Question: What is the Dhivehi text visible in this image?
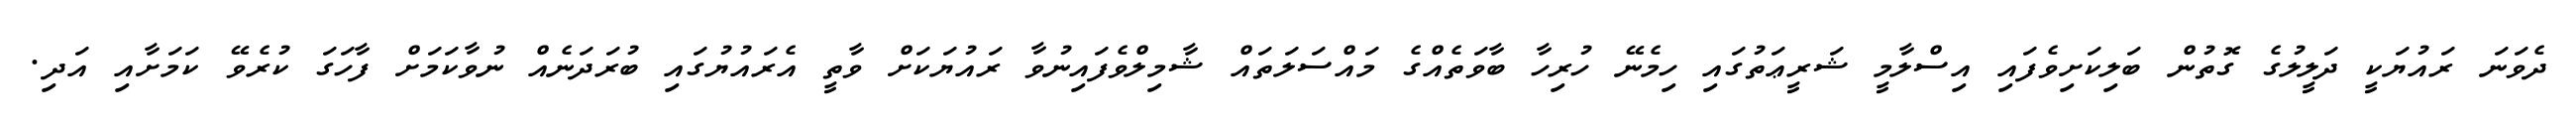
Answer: ދެވަނަ ރައުޔަކީ ދަލީލުގެ ގޮތުން ބަލިކަށިވެފައި އިސްލާމީ ޝަރީޢަތުގައި ހިމެނޭ ހުރިހާ ބާވަތެއްގެ މައްސަލަތައް ޝާމިލްވެފައިނުވާ ރައުޔަކަށް ވާތީ އެރައުޔުގައި ބުރަދަނެއް ނުވާކަމަށް ފާހަގަ ކުރެވޭ ކަމަށާއި އަދި.